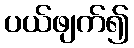
ပယ်ဖျက်၍